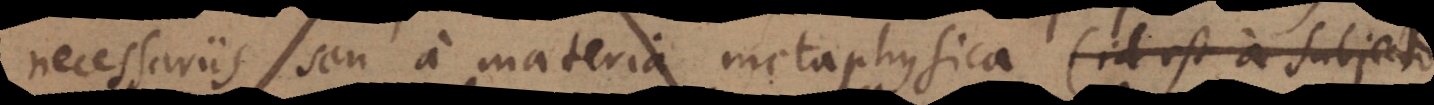
necessariis seu a materia metaphysica (id est a subjecto,